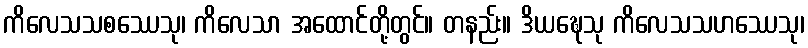
ကိလေသသစဿေသု၊ ကိလေသာ အထောင်တို့တွင်။ တနည်း။ ဒိယဍ္ဎေသု ကိလေသသဟဿေသု၊